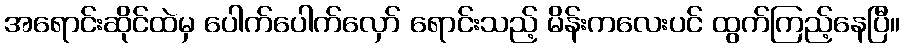
အရောင်းဆိုင်ထဲမှ ပေါက်ပေါက်လှော် ရောင်းသည့် မိန်းကလေးပင် ထွက်ကြည့်နေပြီ။